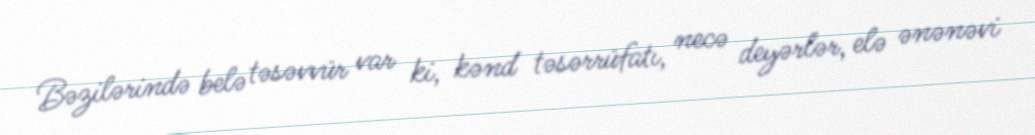
Bəzilərində belə təsəvvür var ki, kənd təsərrüfatı, necə deyərlər, elə ənənəvi